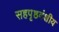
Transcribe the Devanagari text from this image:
सहपृष्ठवंशीय